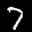
Label: 7